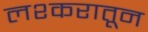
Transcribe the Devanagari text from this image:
लश्करातून